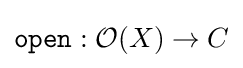
{\mathtt {open}}:{\mathcal {O}}(X)\to C